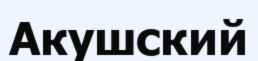
Акушский